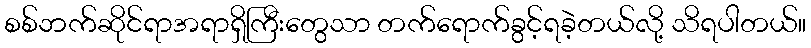
စစ်ဘက်ဆိုင်ရာအရာရှိကြီးတွေသာ တက်ရောက်ခွင့်ရခဲ့တယ်လို့ သိရပါတယ်။